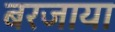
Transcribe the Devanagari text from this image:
बरजाया